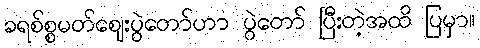
ခရစ်စ္စမတ်ဈေးပွဲတော်ဟာ ပွဲတော် ပြီးတဲ့အထိ ပြမှာ။